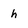
Character: h